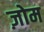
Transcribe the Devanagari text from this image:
ज़ोम